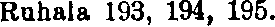
Ruhala 193, 194, 195.